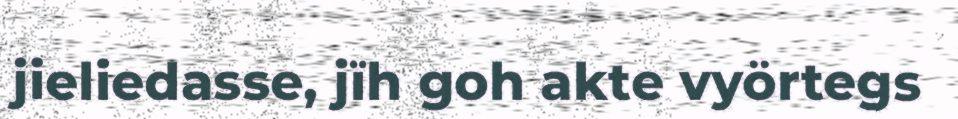
jieliedasse, jïh goh akte vyörtegs